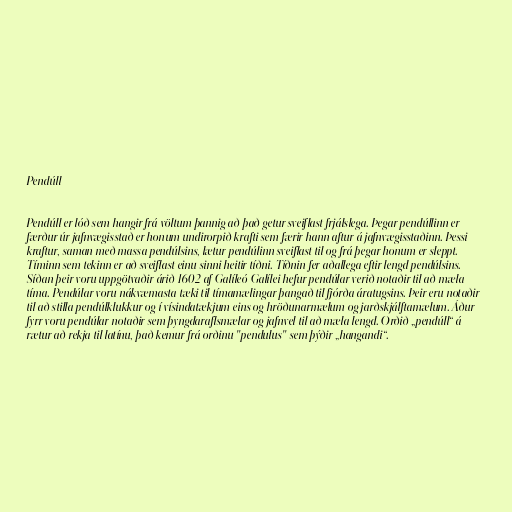
Pendúll

Pendúll er lóð sem hangir frá völtum þannig að það getur sveiflast frjálslega. Þegar pendúllinn er
færður úr jafnvægisstað er honum undirorpið krafti sem færir hann aftur á jafnvægisstaðinn. Þessi
kraftur, saman með massa pendúlsins, lætur pendúlinn sveiflast til og frá þegar honum er sleppt.
Tíminn sem tekinn er að sveiflast einu sinni heitir tíðni. Tíðnin fer aðallega eftir lengd pendúlsins.
Síðan þeir voru uppgötvaðir árið 1602 af Galíleó Galílei hefur pendúlar verið notaðir til að mæla
tíma. Pendúlar voru nákvæmasta tæki til tímamælingar þangað til fjórða áratugsins. Þeir eru notaðir
til að stilla pendúlklukkur og í vísindatækjum eins og hröðunarmælum og jarðskjálftamælum. Áður
fyrr voru pendúlar notaðir sem þyngdaraflsmælar og jafnvel til að mæla lengd. Orðið „pendúll“ á
rætur að rekja til latínu, það kemur frá orðinu "pendulus" sem þýðir „hangandi“.